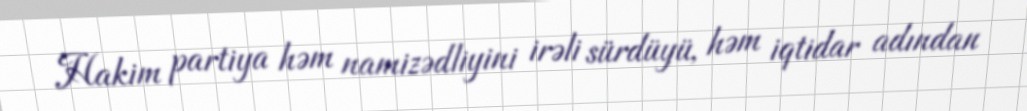
Hakim partiya həm namizədliyini irəli sürdüyü, həm iqtidar adından